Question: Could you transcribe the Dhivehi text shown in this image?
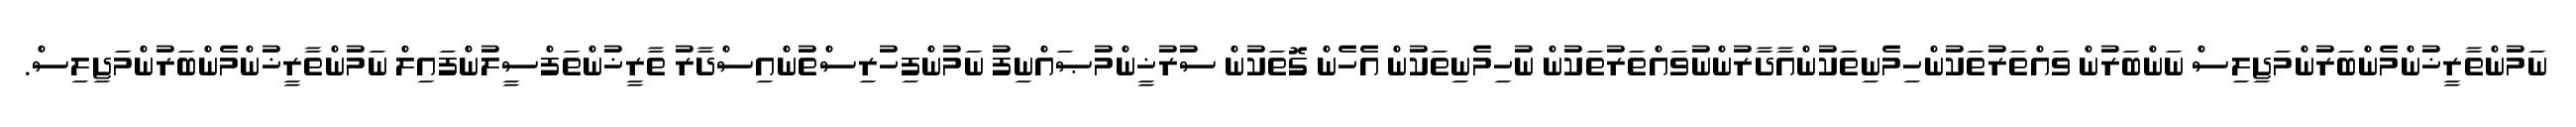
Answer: ނަމުންތާރީޚުންމެންބަރުންމަޖިލިސް ނަންބަރުން ވައްތަރުތަކުންހިމެނިތަކުންއާދާރުންނުވައްތަރުތަކުން ނުހިމެނިތަކުން އެހެން ގޮތަކުން ސުރުޚީންމުޞައްނިފު ނަމުންފިހުރިސްތުންއިސްދާރު ތާރީޚުންތަފްސީލުންފައިލް ނަމުންތާރީޚުންމެންބަރުންމަޖިލިސް.